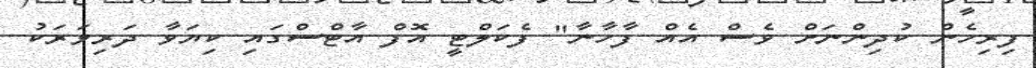
ފިރިހެން ކުދިންނަށް ވެސް އެއް ފާހާނާ" ފެކަލްޓީ އޮފް އާޓްސްގައި ކިޔަވާ ދަރިވަރަކު